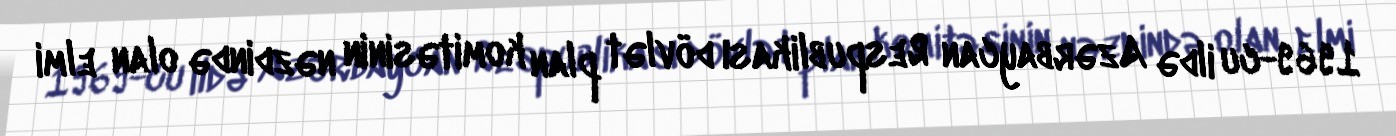
1969-cu ildə Azərbaycan Respublikası dövlət plan komitəsinin nəzdində olan elmi